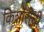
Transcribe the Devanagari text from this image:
किशोरीची